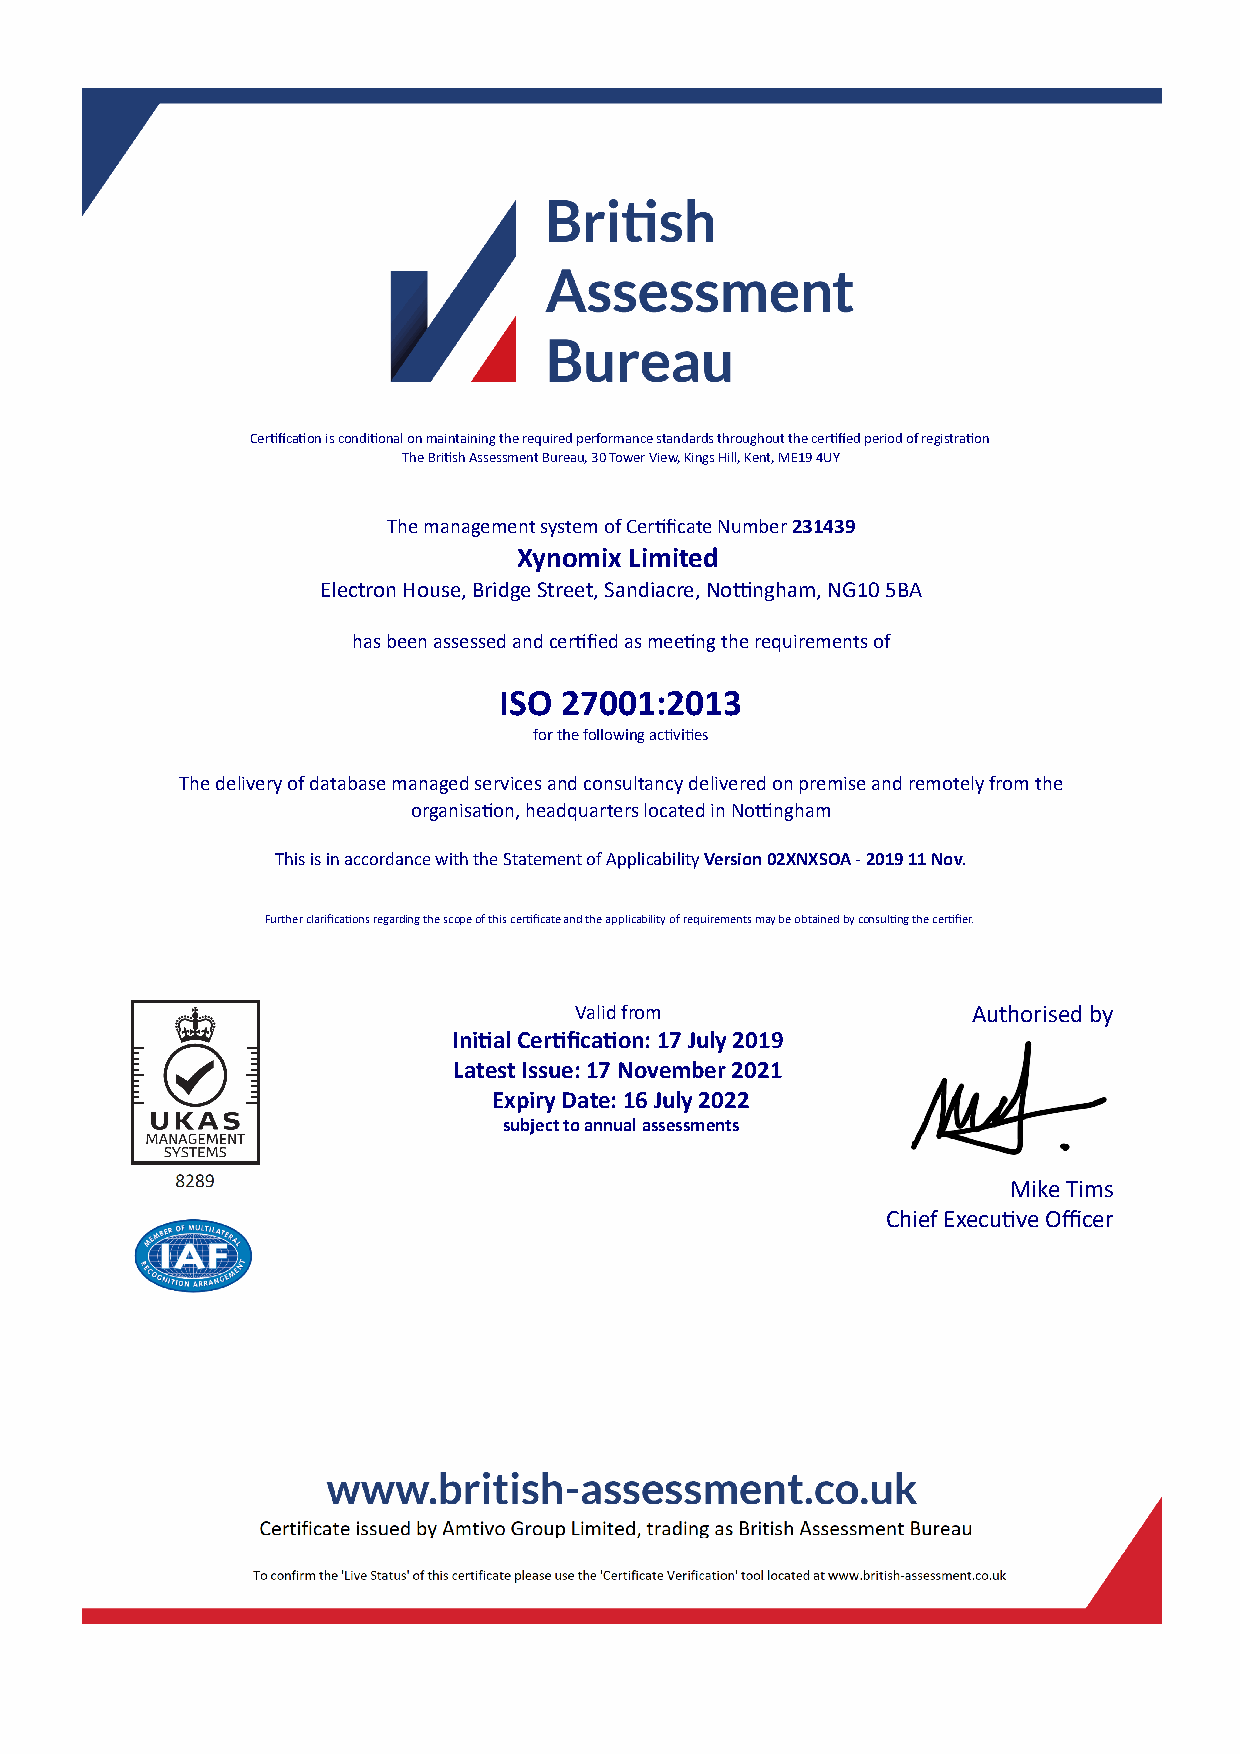
Cerficaon is condional on maintaining the required performance standards throughout the cerfied period of registraon
 The Brish Assessment Bureau, 30 Tower View, Kings Hill, Kent, ME19 4UY
 The management system of Cerficate Number 231439
 Xynomix Limited
 Electron House, Bridge Street, Sandiacre, Nongham, NG10 5BA
 has been assessed and cerfied as meeng the requirements of
 ISO 27001:2013
 for the following acvies
 The delivery of database managed services and consultancy delivered on premise and remotely from the
 organisaon‚ headquarters located in Nongham
 This is in accordance with the Statement of Applicability Version 02XNXSOA - 2019 11 Nov.
 Further clarificaons regarding the scope of this cerficate and the applicability of requirements may be obtained by consulng the cerfier.
 Valid from                Authorised by
 Inial Cerficaon: 17 July 2019
 Latest Issue: 17 November 2021
 Expiry Date: 16 July 2022
 subject to annual assessments
 Mike Tims
 Chief Execuve Officer